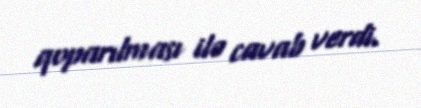
qoparılması ilə cavab verdi.